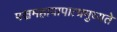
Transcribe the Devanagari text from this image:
पञ्चमहापापात्प्रमुच्यते